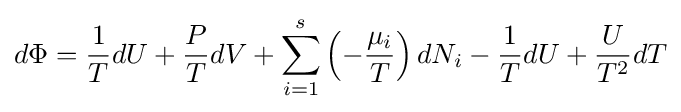
d\Phi ={\frac {1}{T}}dU+{\frac {P}{T}}dV+\sum _{i=1}^{s}\left(-{\frac {\mu _{i}}{T}}\right)dN_{i}-{\frac {1}{T}}dU+{\frac {U}{T^{2}}}dT